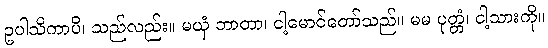
ဥပါသိကာပိ၊ သည်လည်း။ မယှံ ဘာတာ၊ ငါ့မောင်တော်သည်။ မမ ပုတ္တံ၊ ငါ့သားကို။